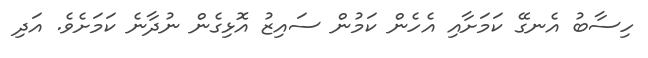
ހިސާބު އެނގޭ ކަމަށާއި އެހެން ކަމުން ސައިޒު އޮޅިގެން ނުދާނެ ކަމަށެވެ. އަދި